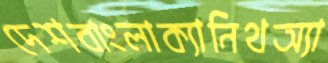
দেশবাংলাক্যানিথঅ্যা